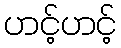
ဟင့်ဟင့်